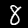
Digit: 8